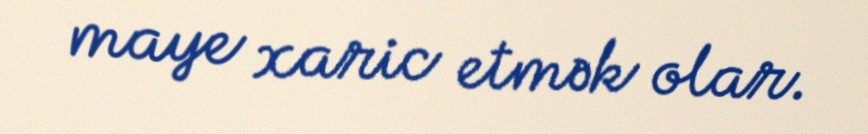
maye xaric etmək olar.